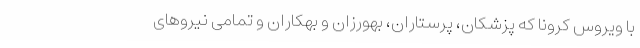
با ویروس کرونا که پزشکان، پرستاران، بهورزان و بهکاران و تمامی نیروهای